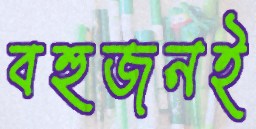
বহুজনই